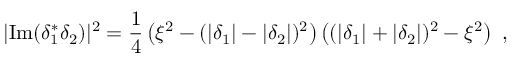
| \mathrm { { I m } } ( \delta _ { 1 } ^ { * } \delta _ { 2 } ) | ^ { 2 } = \frac { 1 } { 4 } \left( \xi ^ { 2 } - ( | \delta _ { 1 } | - | \delta _ { 2 } | ) ^ { 2 } \right) \left( ( | \delta _ { 1 } | + | \delta _ { 2 } | ) ^ { 2 } - \xi ^ { 2 } \right) ~ ,